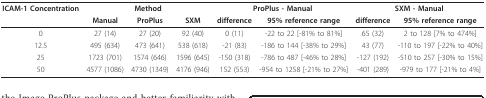
<table><thead><tr><td><b>ICAM-1 Concentration</b></td><td colspan="3"><b>Method</b></td><td colspan="2"><b>ProPlus - Manual</b></td><td colspan="2"><b>SXM - Manual</b></td></tr><tr><td></td><td><b>Manual</b></td><td><b>ProPlus</b></td><td><b>SXM</b></td><td><b>difference</b></td><td><b>95% reference range</b></td><td><b>difference</b></td><td><b>95% reference range</b></td></tr></thead><tbody><tr><td>0</td><td>27 (14)</td><td>27 (20)</td><td>92 (40)</td><td>0 (11)</td><td>-22 to 22 [-81% to 81%]</td><td>65 (32)</td><td>2 to 128 [7% to 474%]</td></tr><tr><td>12.5</td><td>495 (634)</td><td>473 (641)</td><td>538 (618)</td><td>-21 (83)</td><td>-186 to 144 [-38% to 29%]</td><td>43 (77)</td><td>-110 to 197 [-22% to 40%]</td></tr><tr><td>25</td><td>1723 (701)</td><td>1574 (646)</td><td>1596 (645)</td><td>-150 (318)</td><td>-786 to 487 [-46% to 28%]</td><td>-127 (192)</td><td>-510 to 257 [-30% to 15%]</td></tr><tr><td>50</td><td>4577 (1086)</td><td>4730 (1349)</td><td>4176 (946)</td><td>152 (553)</td><td>-954 to 1258 [-21% to 27%]</td><td>-401 (289)</td><td>-979 to 177 [-21% to 4%]</td></tr></tbody></table>